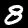
Label: 8